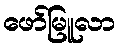
ဖော်မြူလာ